Lunatic asylums in Bengal annual reports 1912-1924 - 1912-1924
Year: 1912
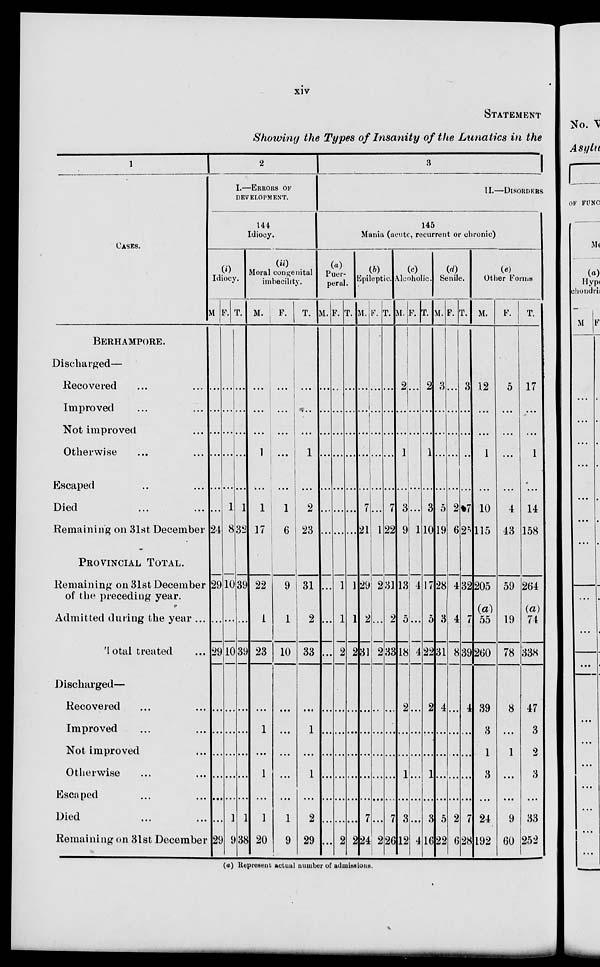
xiv
STATEMENT
Showing the Types of Insanity of the Lunatics in the
1
CASES.
BERHAMPORE.
Discharged—
Recovered ... ...
Improved ... ...
Not improved ...
Otherwise ... ...
Escaped ... ...
Died ... ...
Remaining on 31st December
PROVINCIAL TOTAL.
Remaining on 31st December
of the preceding year.
Admitted during the year ...
Total treated ...
Discharged—
Recovered ... ...
Improved ... ...
Not improved ...
Otherwise ... ...
Escaped ... ...
Died ... ...
Remaining on 31st December
2
I.—ERRORS OF
DEVELOPMENT.
144
Idiocy.
(i)
Idiocy.
M.
...
...
...
...
...
...
24
29
...
29
...
...
...
...
...
...
29
F.
...
...
...
...
...
1
8
10
...
10
...
...
...
...
...
1
9
T.
...
...
...
...
...
1
32
39
...
39
...
...
...
...
...
1
38
(ii)
Moral congenital
imbecility.
M.
...
...
...
1
...
1
17
22
1
23
...
1
...
1
...
1
20
F.
...
...
...
...
...
1
6
9
1
10
...
...
...
...
...
1
9
T.
...
...
...
1
...
2
23
31
2
33
...
1
...
1
...
2
29
3
II.—DISORDERS
145
Mania (acute, recurrent or chronic)
(a)
Puer-
peral.
M.
...
...
...
...
...
...
...
...
...
...
...
...
...
...
...
...
...
F.
...
...
...
...
...
...
...
1
1
2
...
...
...
...
...
...
2
T.
...
...
...
...
...
...
...
1
1
2
...
...
...
...
...
...
2
(b)
Epileptic.
M.
...
...
...
...
...
7
21
29
2
31
...
...
...
...
...
7
24
F.
...
...
...
...
...
...
1
2
...
2
...
...
...
...
...
...
2
T.
...
...
...
...
...
7
22
31
2
33
...
...
...
...
...
7
26
(c)
Alcoholic.
M.
2
...
...
1
...
3
9
13
5
18
2
...
...
1
...
3
12
F.
...
...
...
...
...
...
1
4
...
4
...
...
...
...
...
...
4
T.
2
...
...
1
...
3
10
17
5
22
2
...
...
1
...
3
16
(d)
Senile.
M.
3
...
...
...
...
5
19
28
3
31
4
...
...
...
...
5
22
F.
...
...
...
...
...
2
6
4
4
8
...
...
...
...
...
2
6
T.
3
...
...
...
...
7
25
32
7
39
4
...
...
...
...
7
28
(e)
Other Forms
M.
12
...
...
1
...
10
115
205
(a)
55
260
39
3
1
3
...
24
192
F.
5
...
...
...
...
4
43
59
19
78
8
...
1
...
...
9
60
T.
17
...
...
1
...
14
158
264
(a)
74
338
47
3
2
3
...
33
252
(a) Represent actual number of admissions.